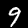
Digit: 9